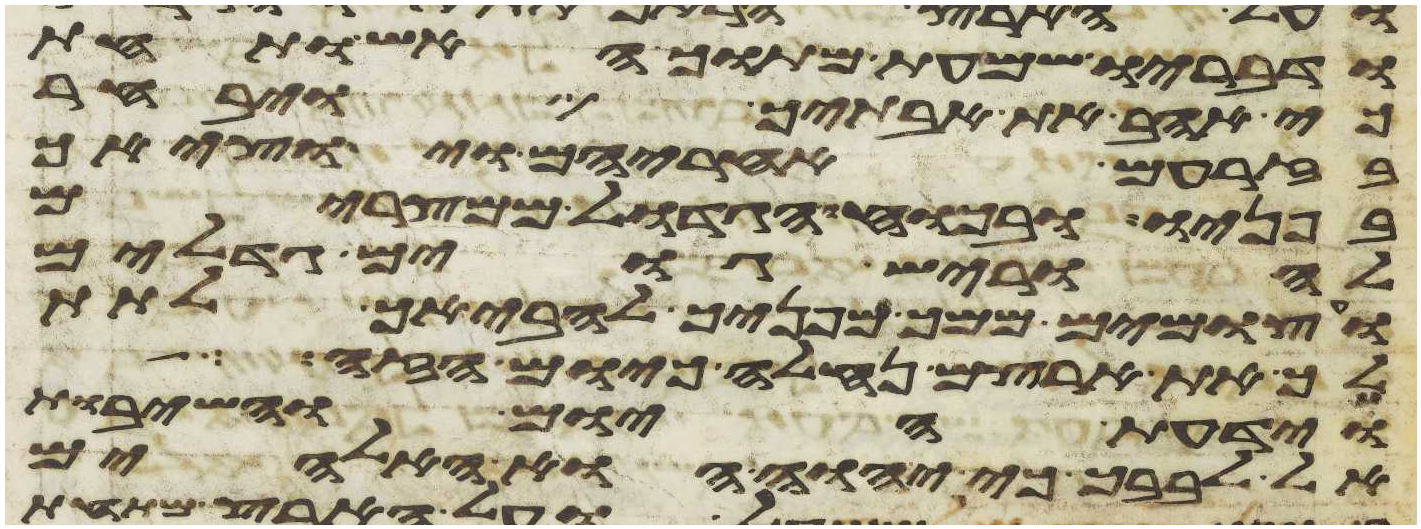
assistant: ודבריו שמעת מתוך האש ותחת
כי אהב את אבתיך ויבחר
בזרעם אחריהם ויוציאך
בפניו ובכחו הגדול ממצרים
להוריש גוים גדלים
ועצמים ממך מפניך להביאך לתת
לך את ארצם נחלה כיום הזה
וידעת היום והשבות
אל לבבך כי יהוה הוא האלהים